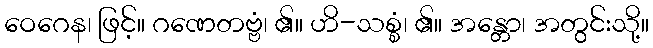
ဝေဂေန၊ ဖြင့်။ ဂဏေတဗ္ဗံ၊ ၏။ ဟိ-သစ္စံ၊ ၏။ အန္တော၊ အတွင်းသို့။